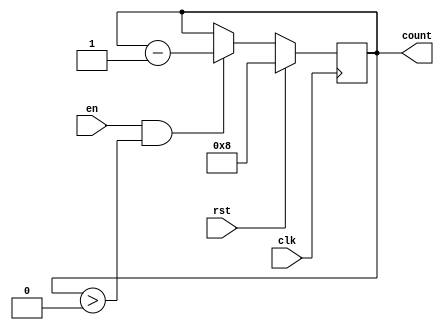
module down_counter_with_enable #(
    parameter MAX_VAL = 8  // You can set the maximum value for the counter here
) (
    input wire clk,        // Clock signal
    input wire en,        // Enable signal
    input wire rst,       // Reset signal
    output reg [clog2(MAX_VAL+1)-1:0] count // Counter value
);

// Function to calculate the log base 2 (for number of bits needed)
function integer clog2;
    input integer value;
    begin
        value = value - 1;
        for (clog2 = 0; value > 0; clog2 = clog2 + 1)
            value = value >> 1;
    end
endfunction

// Synchronous process for the counter
always @(posedge clk) begin
    if (rst) begin
        count <= MAX_VAL; // Reset to max value
    end else if (en && (count > 0)) begin
        count <= count - 1; // Decrement the counter
    end
    // If enable is low, retain the current count value
end

endmodule